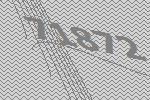
71872